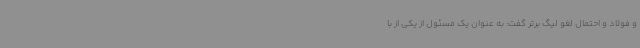
و فولاد و احتمال لغو لیگ برتر گفت: به عنوان یک مسئول از یکی از با